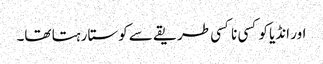
اور انڈیا کو کسی نا کسی طریقے سے کوستا رہتا تھا۔